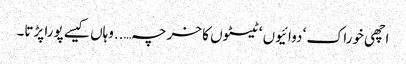
اچھی خوراک ‘ دوائیوں ‘ ٹیسٹوں کا خرچہ…..وہاں کیسے پورا پڑتا۔